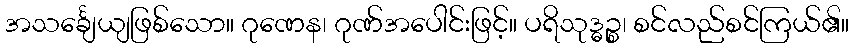
အသင်္ချေယျဖြစ်သော။ ဂုဏေန၊ ဂုဏ်အပေါင်းဖြင့်။ ပရိသုဒ္ဓဉ္စ၊ စင်လည်စင်ကြယ်၏။